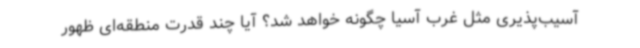
آسیب‌پذیری مثل غرب آسیا چگونه خواهد شد؟ آیا چند قدرت منطقه‌ای ظهور